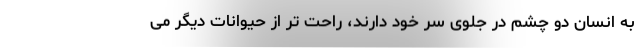
به انسان دو چشم در جلوی سر خود دارند، راحت تر از حیوانات دیگر می